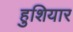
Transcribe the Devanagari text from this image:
हुशियार